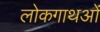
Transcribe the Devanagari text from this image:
लोकगाथओं